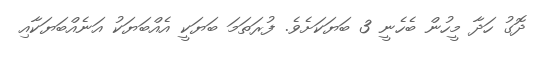
ދޮގު ހަދާ މީހުން ބެހެނީ 3 ބަޔަކަށެވެ. ފުރަތަމަ ބަޔަކީ އެއްބަޔަކު އަނެއްބަޔަކާއި